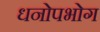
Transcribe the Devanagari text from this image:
धनोपभोग